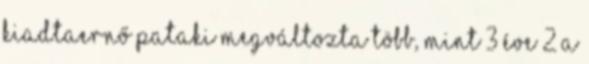
KiadtaErnő Pataki Megváltozta több, mint 3 éve 2 A